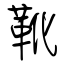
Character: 靴